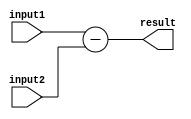
module subtractor (
    input [3:0] input1,
    input [3:0] input2,
    output reg [3:0] result
);

assign result = input1 - input2;

endmodule